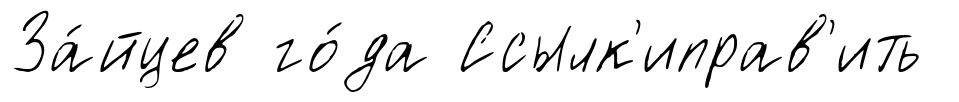
За́йцев го́да Ссылк'иправ'ить